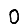
Digit: 0